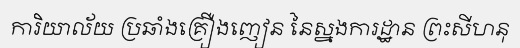
ការិយាល័យ ប្រឆាំងគ្រឿងញៀន នៃស្នងការដ្ឋាន ព្រះសីហនុ